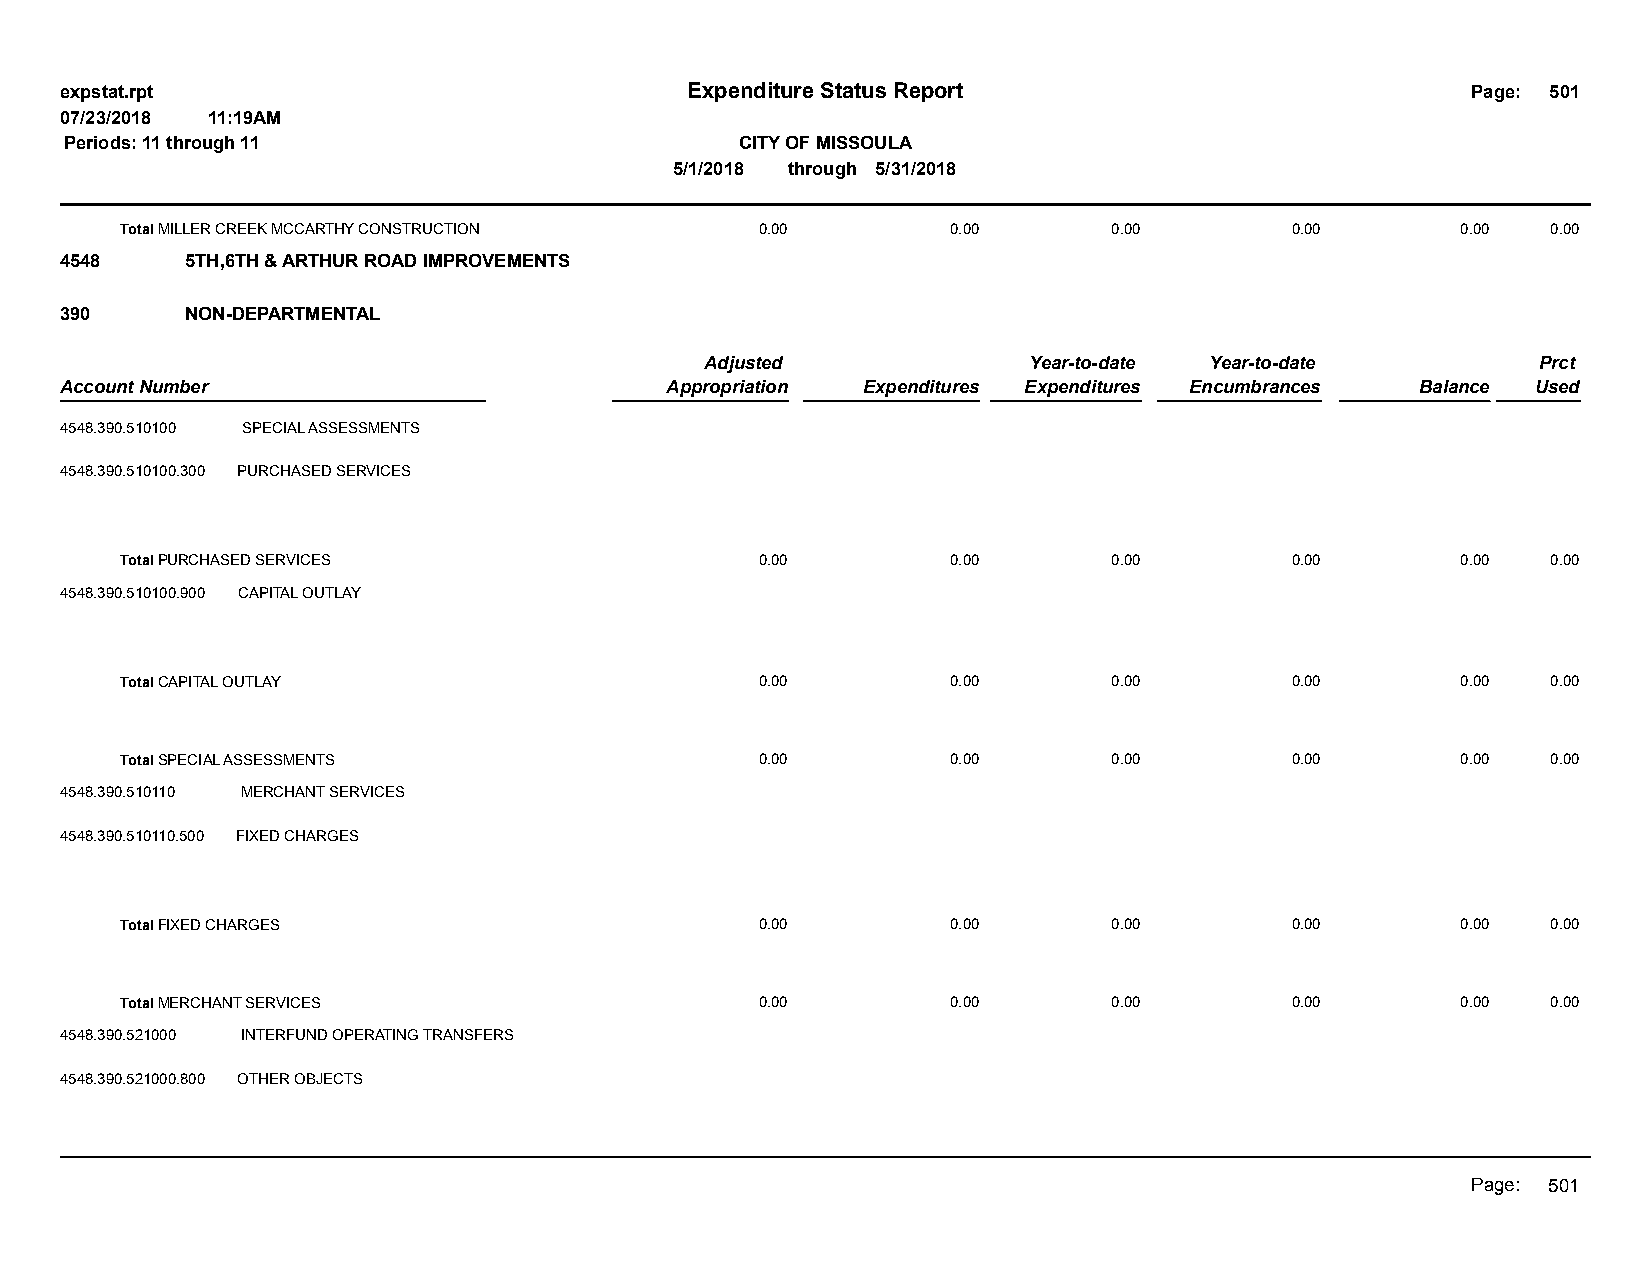
expstat.rpt                              Expenditure Status Report                           Page: 501
 07/23/2018 11:19AM
 Periods: 11 through 11                       CITY OF MISSOULA
 5/1/2018 through 5/31/2018
 Total MILLER CREEK MCCARTHY CONSTRUCTION  0.00         0.00       0.00       0.00        0.00  0.00
 4548    5TH,6TH & ARTHUR ROAD IMPROVEMENTS
 390     NON-DEPARTMENTAL
 Adjusted             Year-to-date Year-to-date         Prct
 Account Number                          Appropriation Expenditures Expenditures Encumbrances Balance Used
 4548.390.510100 SPECIAL ASSESSMENTS
 4548.390.510100.300 PURCHASED SERVICES
 Total PURCHASED SERVICES                  0.00         0.00       0.00       0.00        0.00  0.00
 4548.390.510100.900 CAPITAL OUTLAY
 Total CAPITAL OUTLAY                      0.00         0.00       0.00       0.00        0.00  0.00
 Total SPECIAL ASSESSMENTS                 0.00         0.00       0.00       0.00        0.00  0.00
 4548.390.510110 MERCHANT SERVICES
 4548.390.510110.500 FIXED CHARGES
 Total FIXED CHARGES                       0.00         0.00       0.00       0.00        0.00  0.00
 Total MERCHANT SERVICES                   0.00         0.00       0.00       0.00        0.00  0.00
 4548.390.521000 INTERFUND OPERATING TRANSFERS
 4548.390.521000.800 OTHER OBJECTS
 Page: 501